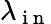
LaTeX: \lambda_{\mathrm{~i~n~}}